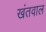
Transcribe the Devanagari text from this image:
खंतवाल